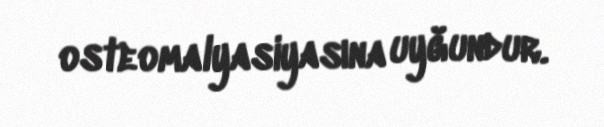
osteomalyasiyasına uyğundur.